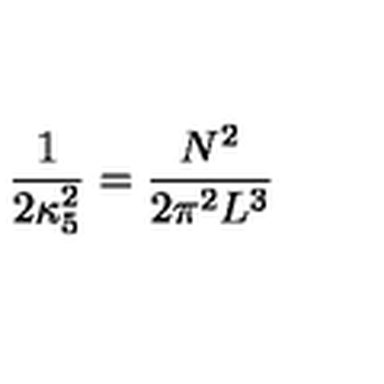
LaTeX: \frac { 1 } { 2 \kappa _ { 5 } ^ { 2 } } = \frac { N ^ { 2 } } { 2 \pi ^ { 2 } L ^ { 3 } }